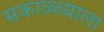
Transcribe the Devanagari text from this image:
सकाळ्च्याला